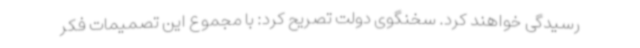
رسیدگی خواهند کرد. سخنگوی دولت تصریح کرد: با مجموع این تصمیمات فکر